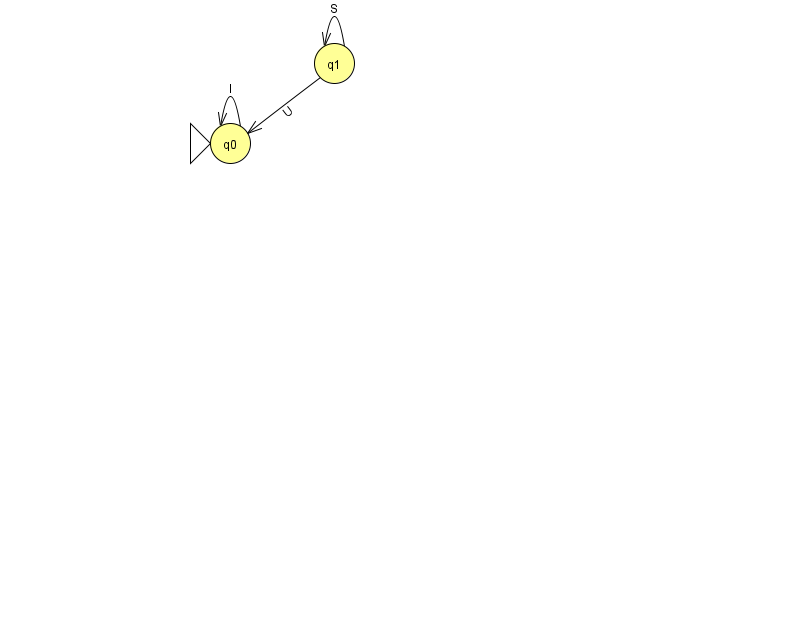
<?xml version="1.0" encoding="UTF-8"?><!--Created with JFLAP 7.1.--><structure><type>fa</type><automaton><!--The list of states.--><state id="0" name="q0"><x>230.0</x><y>130.0</y><initial/></state><state id="1" name="q1"><x>334.0</x><y>50.0</y></state><!--The list of transitions.--><transition><from>1</from><to>0</to><read>U</read></transition><transition><from>1</from><to>1</to><read>S</read></transition><transition><from>0</from><to>0</to><read>l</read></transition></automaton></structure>